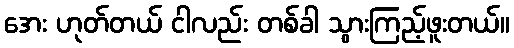
အေး ဟုတ်တယ် ငါလည်း တစ်ခါ သွားကြည့်ဖူးတယ်။